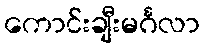
ကောင်းချီးမင်္ဂလာ